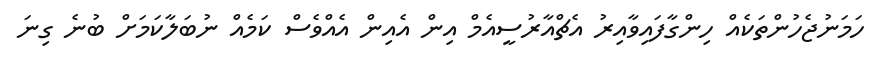
ހަމަނުޖެހުންތަކެއް ހިންގާފައިވާއިރު އެޗްއާރުސީއެމް އިން އެއިން އެއްވެސް ކަމެއް ނުބަލާކަމަށް ބުނެ ގިނަ